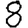
Digit: 8